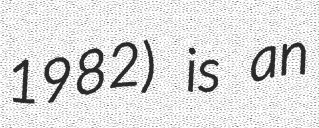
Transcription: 1982) is an